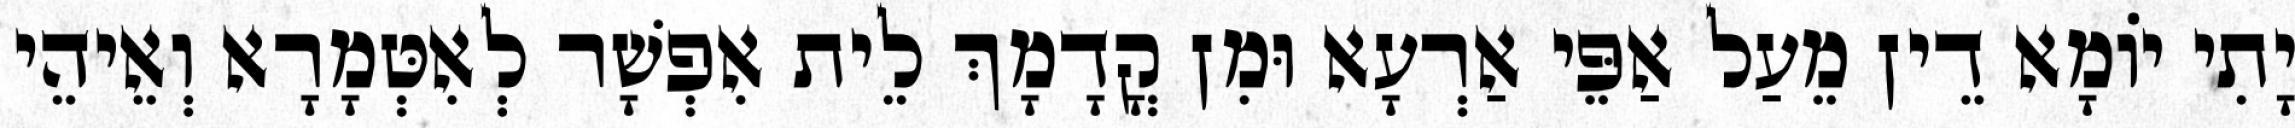
יָתִי יוֹמָא דֵין מֵעַל אַפֵּי אַרְעָא וּמִן קֳדָמָךְ לֵית אִפְשָׁר לְאִטְּמָרָא וְאֵיהֵי